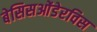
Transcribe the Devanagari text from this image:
बेसिसओंडेरविस